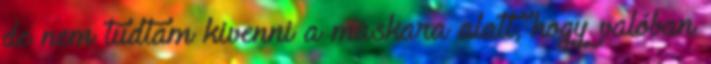
de nem tudtam kivenni a maskara alatt, hogy valóban